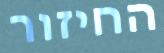
החיזור